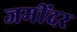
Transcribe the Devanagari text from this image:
जमींदर